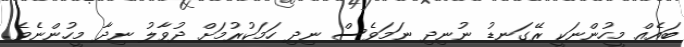
ބައެއް މީހުންނަކީ ރޭގަނޑު ނުނިދި ނަމަވެސް ނިދި ހަަމަކުރުމަށް ދުވާލު ނިދާ މީހުންނެވެ.